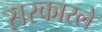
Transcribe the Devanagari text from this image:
सरकारले